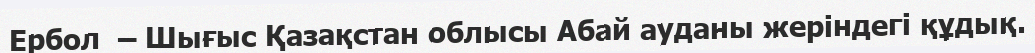
Ербол  – Шығыс Қазақстан облысы Абай ауданы жеріндегі құдық.